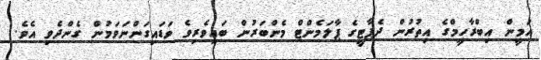
އަމީން އިބްރާހީމްގެ އިތުރުން ދެޕާޓީގެ ޕާލަމެންޓް މެންބަރުން ބައިވެރިވެ ވަޑައިގަންނަވަމުން ގެންދެވި އެވެ.